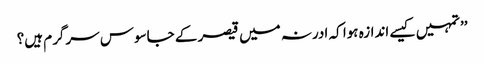
’’تمہیں کیسے اندازہ ہوا کہ ادرنہ میں قیصر کے جاسوس سرگرم ہیں؟